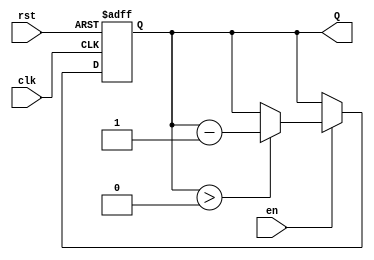
module binary_down_counter #(
    parameter N = 4  // Parameter to define the width of the counter (n bits)
)(
    input wire clk,   // Clock signal
    input wire rst,   // Reset signal (active-high)
    input wire en,    // Enable signal (active-high)
    output reg [N-1:0] Q  // n-bit output representing the current count value
);

    // Maximum count value (2^n - 1)
    localparam MAX_COUNT = (1 << N) - 1;

    // Always block for synchronous reset and counting
    always @(posedge clk or posedge rst) begin
        if (rst) begin
            // Reset the counter to maximum count value
            Q <= MAX_COUNT;
        end else if (en) begin
            // Decrement the counter if enabled
            if (Q > 0) begin
                Q <= Q - 1;
            end
            // If Q is already 0, it remains 0
        end
    end

endmodule